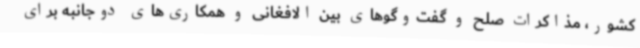
کشور، مذاکرات صلح و گفت‌وگوهای بین الافغانی و همکاری‌های دوجانبه برای